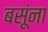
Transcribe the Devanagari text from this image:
बसूंना